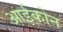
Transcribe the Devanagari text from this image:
आईकोन